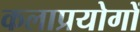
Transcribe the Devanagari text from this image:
कलाप्रयोगों